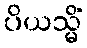
ပိယသ္မိံ